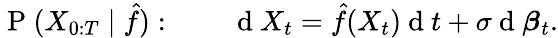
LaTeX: \mathrm{~P~}(X_{0:T}\mid\hat{f}):\qquad\mathrm{~d~}X_{t}=\hat{f}(X_{t})\mathrm{~d~}t+\sigma\mathrm{~d~}\boldsymbol{\beta}_{t}.